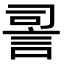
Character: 䛐